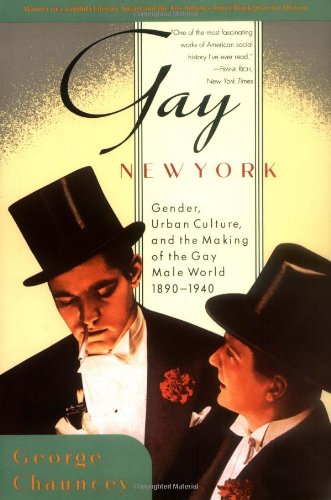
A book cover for Gay New York: Gender, Urban Culture, and the Making of the Gay Male World, 1890-1940; George Chauncey; Gay & Lesbian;